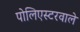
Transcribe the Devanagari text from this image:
पोलिएस्टरवाले